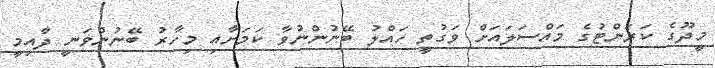
މީދޫގެ ކަރަންޓުގެ މައްސަލައަށް ވަގުތީ ހައްލު ބޭނުންނުވާ ކަމަށާއި މިހާރު ބޭނުންވަނީ ދާއިމީ